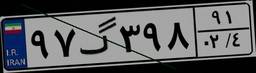
۹۷گ۳۹۸۹۱